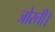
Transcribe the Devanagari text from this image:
जोरती।